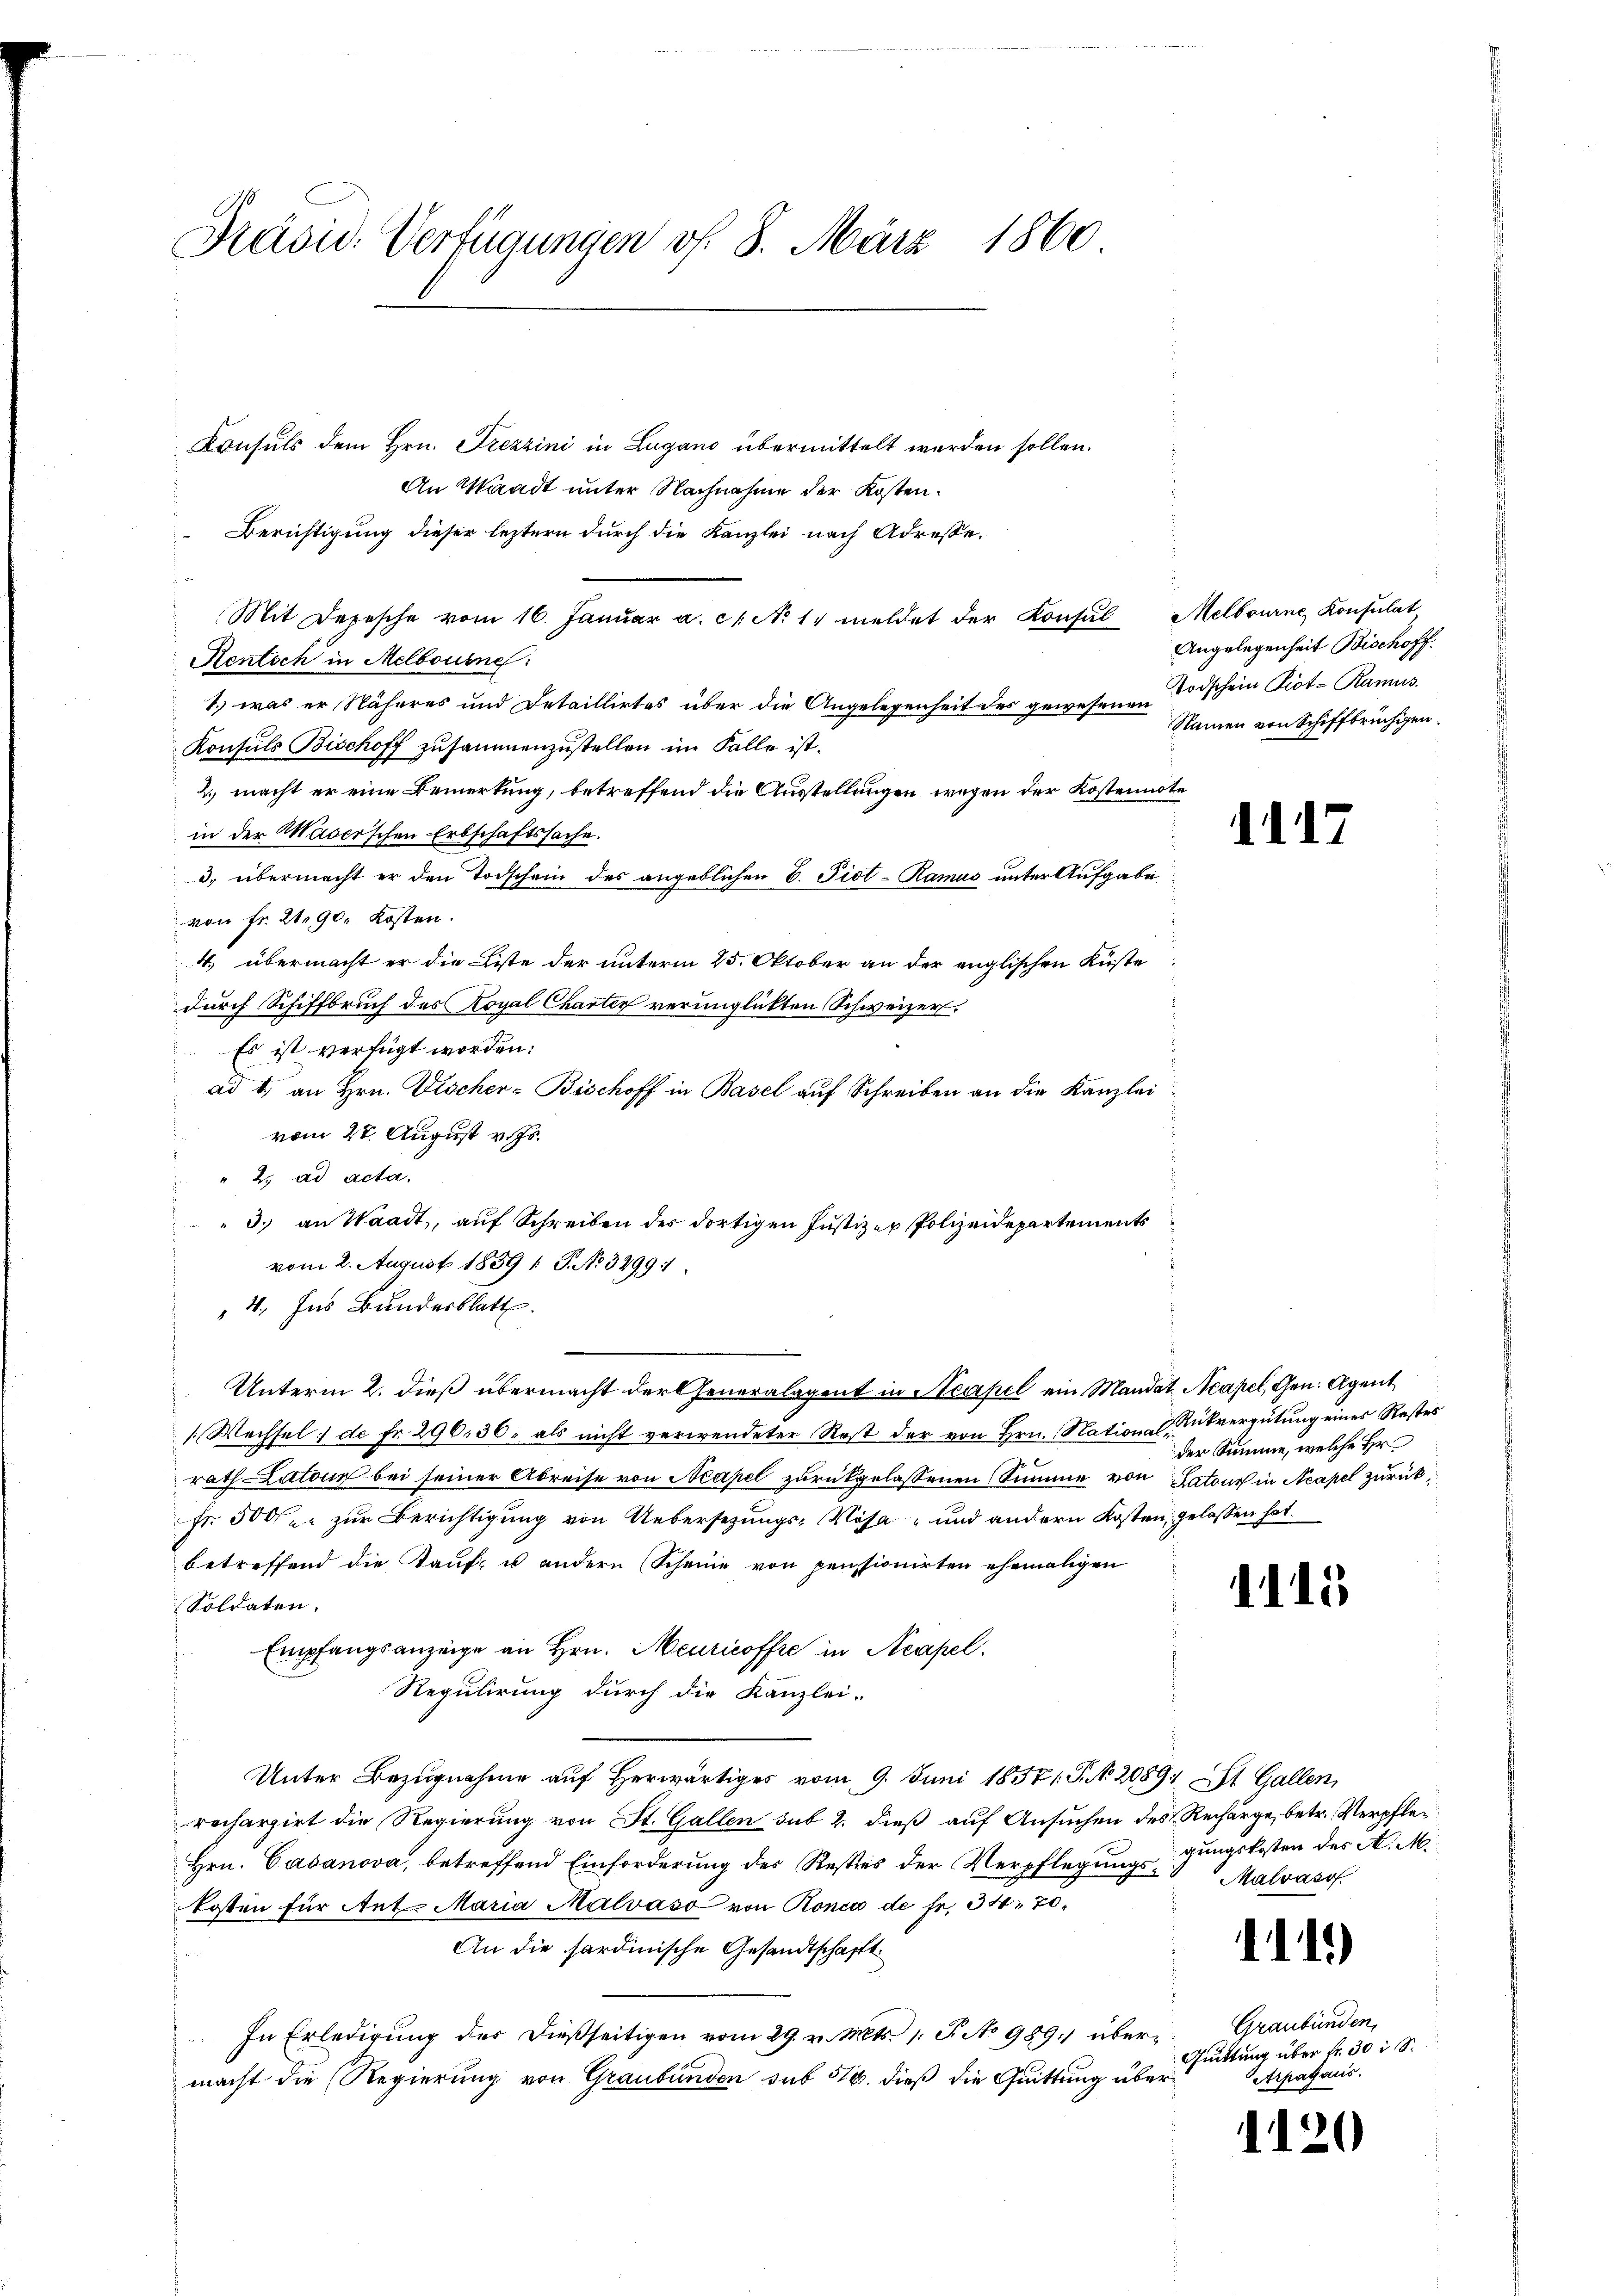
Präsid. Verfügungen v. 8. März 1860

Consuls dem Hrn. Frezzini in Lugano übermittelt werden sollen.
An Waadt unter Nachnahme der Kosten.
Berichtigung dieser leztern durch die Kanzlei nach Adresse¬
Mit Depesche vom 16. Janŭar a. c. No 11 meldet der Konsul Melbourne Konsulat
Rentsch in Melbourne:
1.) was er Näheres und Detaillirtes über die Angelegenheit des gewesene Todschein Piot- Ramus.
Konsuls Bischoff zusammenzustellen im Falle ist.
2.) macht er eine Bemerkung, betreffend die Ausstellungen wegen der Kostennote
in der Mader’schen Erbschaftssache.
3. übermacht er den Todschein des angeblichen B. Piet- Ramus unter Aufgabe
von Fr. 2190. Kosten.
4. übermacht er die Liste der unterm 25. Oktober an der englischen Küste
durch Schiffbruch des Royal Charter verunglickten Schweizer.
Es ist verfügt worden.
ad 1. an Hrn. Fischer-Beschoff in Basel auf Schreiben an die Kanzlei
vom 27. August v. Js.
" 2. ad acta.
3.) an Waadt, auf Schreiben der dortigen Justizer Polizeidepartements
vom 2. August 1839 1 S. No. 3299/
4. Ins Bundesblatt.
Unterm 2. dieß übermacht der Generalagent in Neapel ein Mandat Neapel, Gen. Agent
[: Wechsel de Fr. 296, 36, als nicht verwendeter Rest der von Hrn. Nations C. Rückvergütung eines Restes
rath Latone bei seiner Abreise von Neapel zurückgelassenen Summe von Latone in Neapel zurück¬
Fr. 500fr. zur Berichtigung von Uebersezungs-Visa - und andern Kosten, gelassen hat.
betreffend die Kauf- u andern (Scheine von pensionirten ehemaligen
Soldaten.
Empfangsanzeige an Hrn. Meuricoffre in Neapel.
Regulirung durch die Kanzlei-
Unter Bezugnahme auf Herwärtiges vom 9. Juni 18571. P. Nr. 2089; St. Gallen,
rechargirt die Regierung von St. Gallen sub 2. dieß auf Ansuchen des Recharge, betr. Verpfle¬
Hrn. Casanova, betreffend Einforderung des Resties der Verpflegungs-Malvasof
kosten für Ant. Maria Malvaso von Ronca de fr. 34, 70
An die sardinische Gesandtschafft
In Erledigung der dießseitigen vom 29. v. Mts. 1. J. No 989. übermacht die Regierung von Graubünden sub 516. dieß die Quittung über¬

Angelegenheit Bischoff
Namen von Schiffbrüchigen.

1117

der Summe, welche Hr.

1115

gungskosten des A. M.

111)

.

21

Graubünden,
Quittung über fr. 30 i S.
Arpafaus.